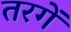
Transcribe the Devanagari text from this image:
तरगें